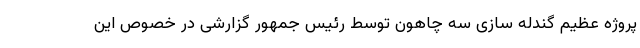
پروژه عظیم گندله سازی سه چاهون توسط رئیس جمهور گزارشی در خصوص این